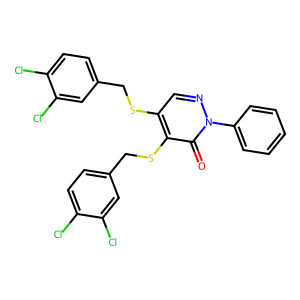
SMILES: O=c1c(SCc2ccc(Cl)c(Cl)c2)c(SCc2ccc(Cl)c(Cl)c2)cnn1-c1ccccc1
Inhibits HIV replication: No